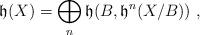
LaTeX: \begin{align*}\mathfrak{h}(X) = \bigoplus_n \mathfrak{h}(B,\mathfrak{h}^n(X/B))\ ,\end{align*}